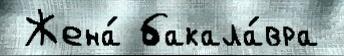
 Жена́ бакала́вра